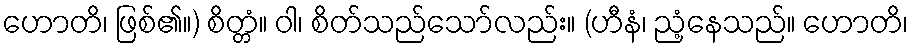
ဟောတိ၊ ဖြစ်၏။) စိတ္တံ။ ဝါ၊ စိတ်သည်သော်လည်း။ (ဟီနံ၊ ညံ့နေသည်။ ဟောတိ၊